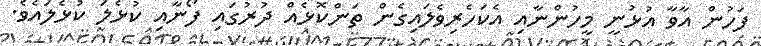
ފަހުން އާވާ އުޅުނީ މީހުންނާއި އެކަހެރިވެލައިގެން ތަންކޮޅެއް ދުރުގައި ފޯނާއި ކުޅެލަ ކުޅެލައެވެ.